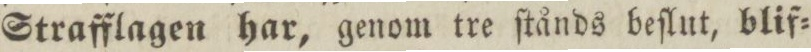
Strafflagen har, genom tre ſtånds beſlut, blif=